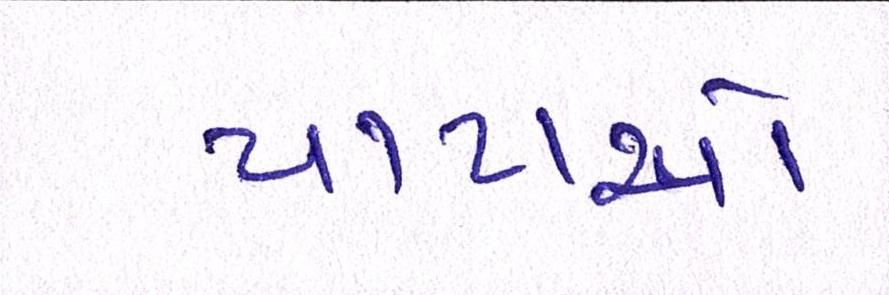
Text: પાટાઓ